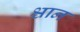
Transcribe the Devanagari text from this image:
श्चान